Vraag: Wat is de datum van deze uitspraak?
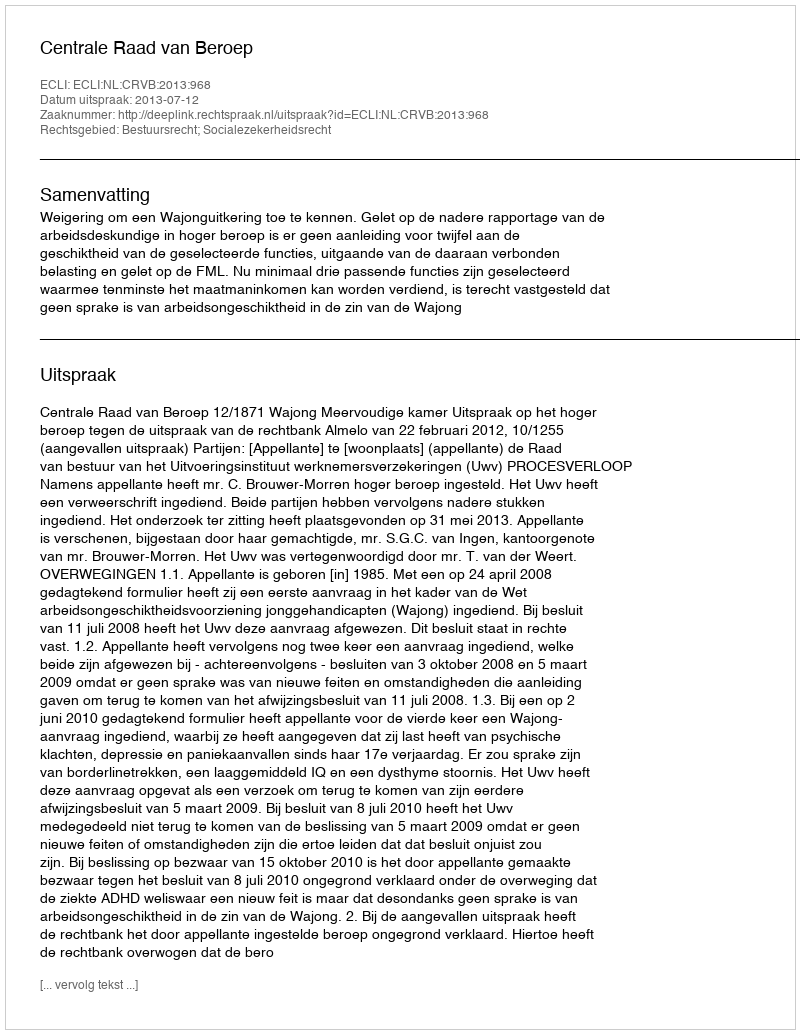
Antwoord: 2013-07-12